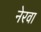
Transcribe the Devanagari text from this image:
नेरवा